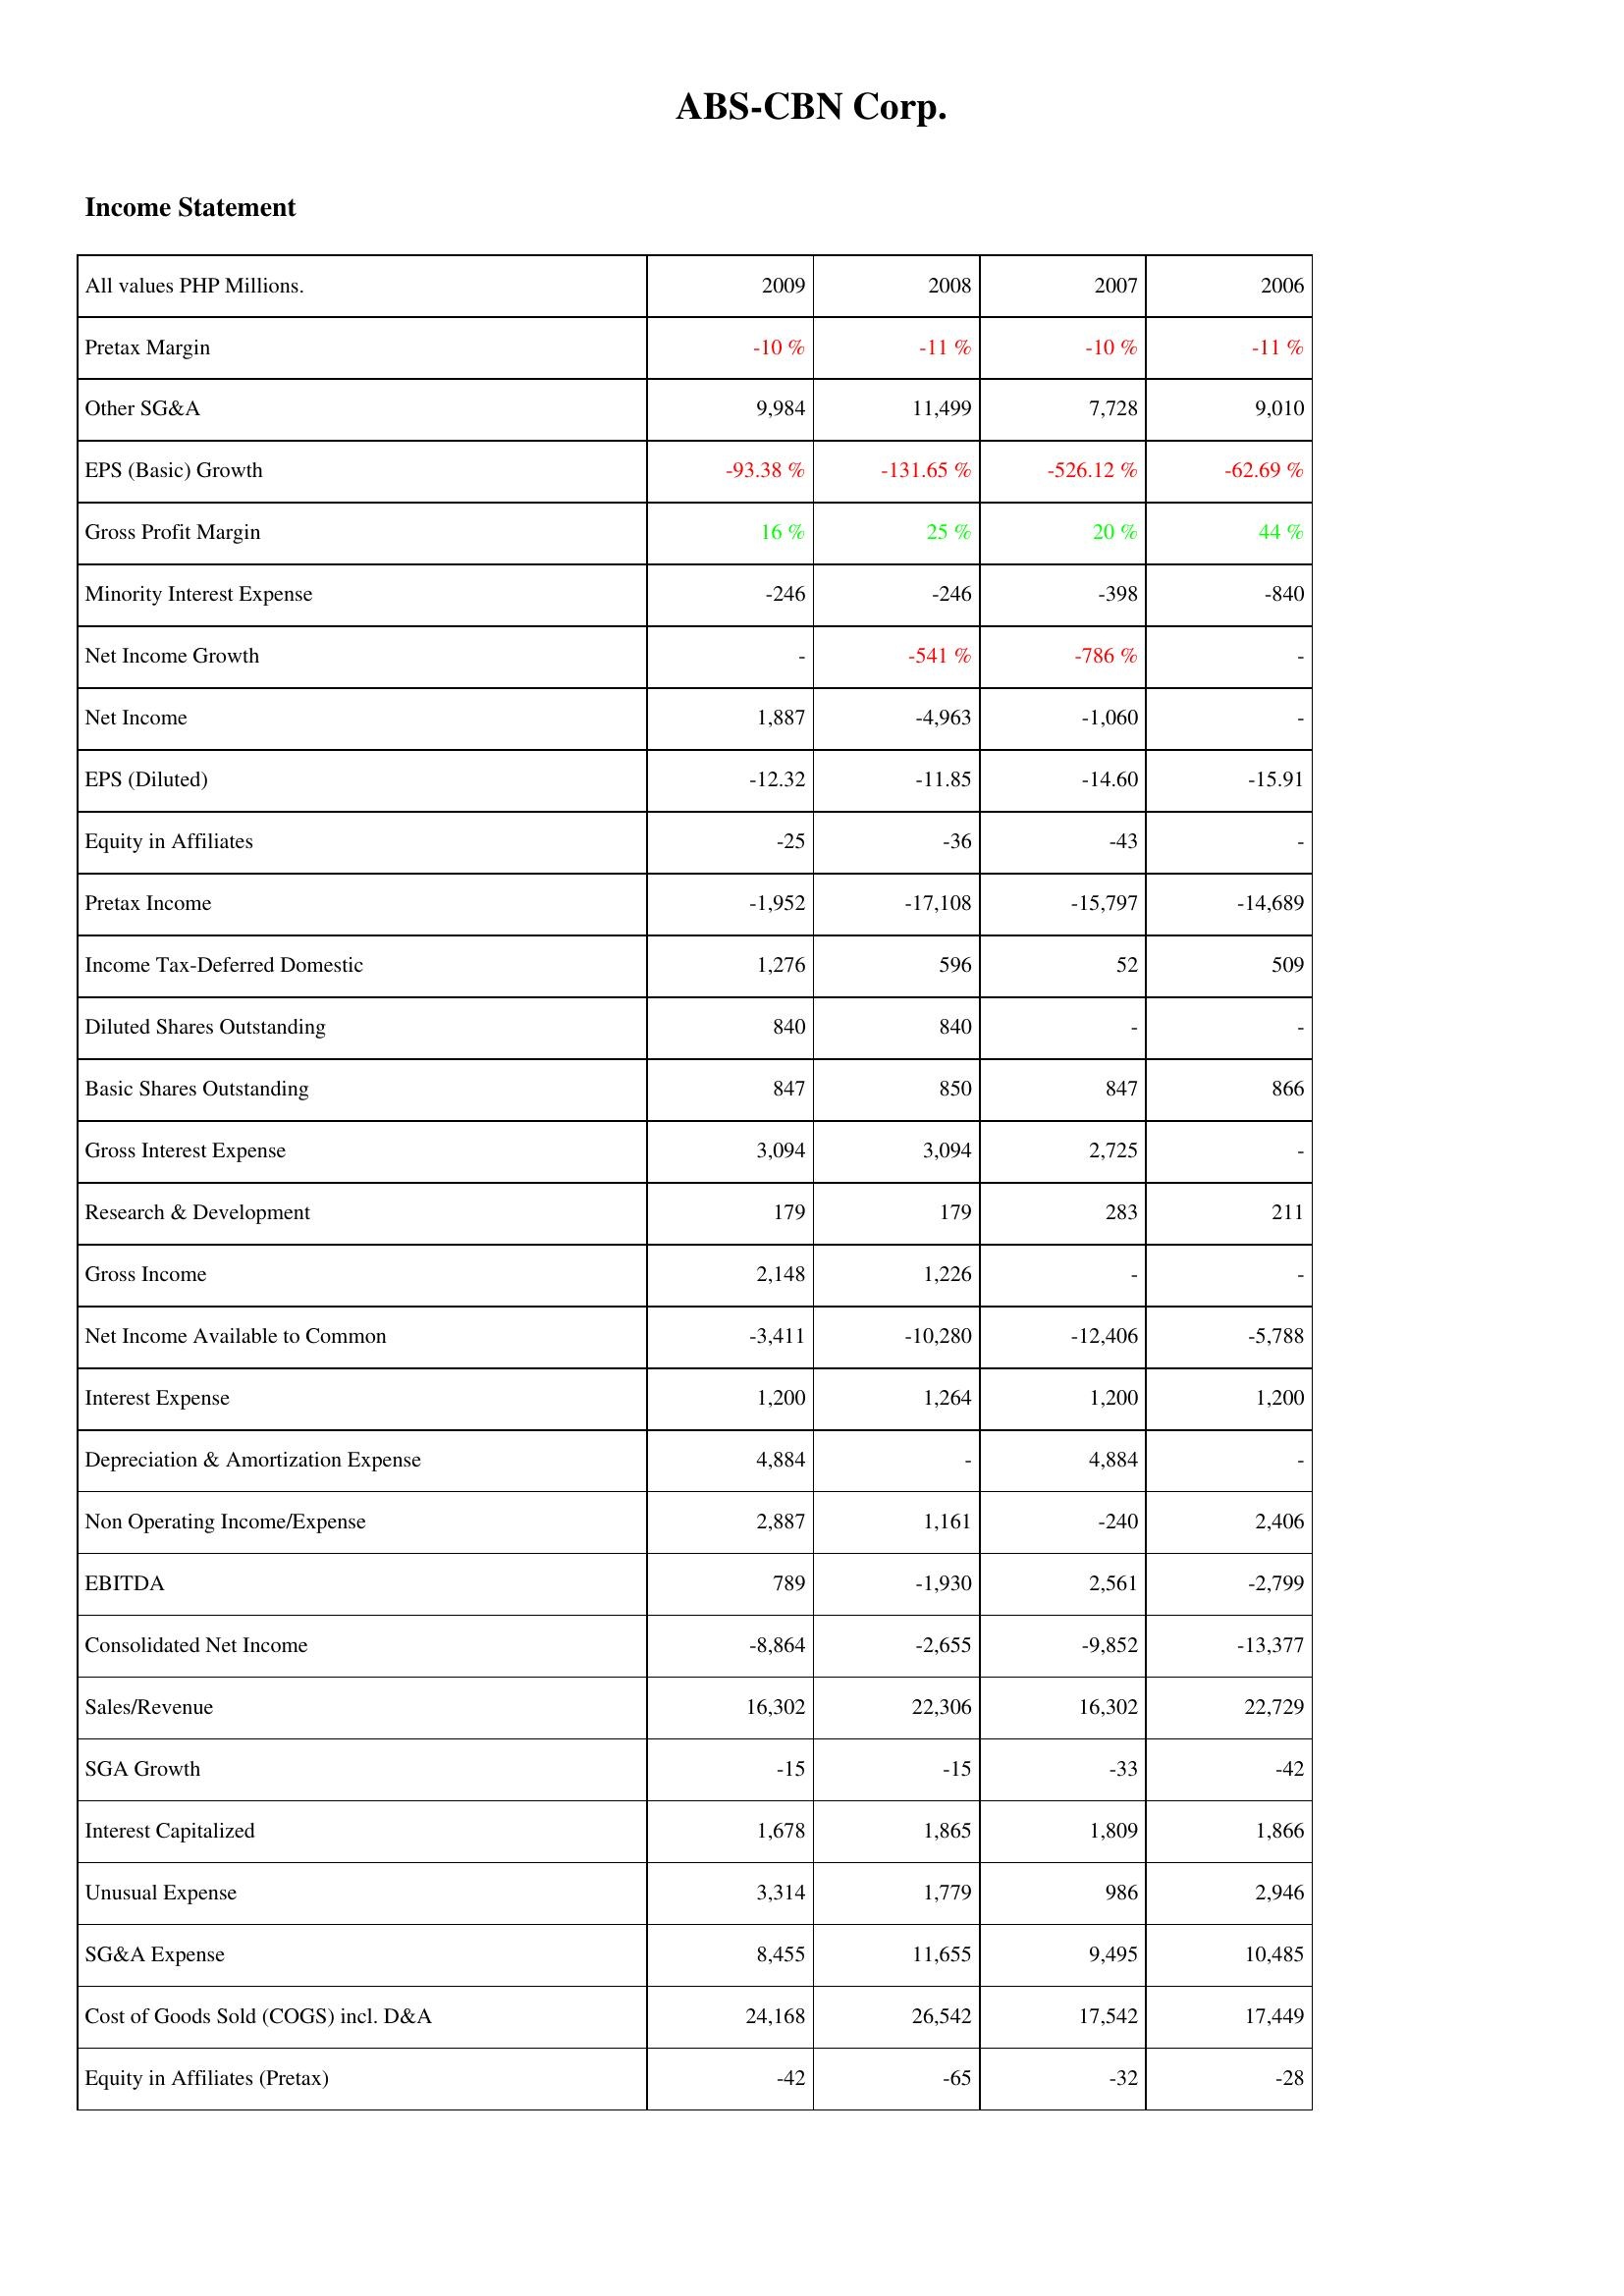
2009: Income Statement: Pretax Margin: -10 %
Other SG&A: 9,984
EPS (Basic) Growth: -93.38 %
Gross Profit Margin: 16 %
Minority Interest Expense: -246
Net Income Growth: -
Net Income: 1,887
EPS (Diluted): -12.32
Equity in Affiliates: -25
Pretax Income: -1,952
Income Tax-Deferred Domestic: 1,276
Diluted Shares Outstanding: 840
Basic Shares Outstanding: 847
Gross Interest Expense: 3,094
Research & Development: 179
Gross Income: 2,148
Net Income Available to Common: -3,411
Interest Expense: 1,200
Depreciation & Amortization Expense: 4,884
Non Operating Income/Expense: 2,887
EBITDA: 789
Consolidated Net Income: -8,864
Sales/Revenue: 16,302
SGA Growth: -15
Interest Capitalized: 1,678
Unusual Expense: 3,314
SG&A Expense: 8,455
Cost of Goods Sold (COGS) incl. D&A: 24,168
Equity in Affiliates (Pretax): -42
2008: Income Statement: Pretax Margin: -11 %
Other SG&A: 11,499
EPS (Basic) Growth: -131.65 %
Gross Profit Margin: 25 %
Minority Interest Expense: -246
Net Income Growth: -541 %
Net Income: -4,963
EPS (Diluted): -11.85
Equity in Affiliates: -36
Pretax Income: -17,108
Income Tax-Deferred Domestic: 596
Diluted Shares Outstanding: 840
Basic Shares Outstanding: 850
Gross Interest Expense: 3,094
Research & Development: 179
Gross Income: 1,226
Net Income Available to Common: -10,280
Interest Expense: 1,264
Depreciation & Amortization Expense: -
Non Operating Income/Expense: 1,161
EBITDA: -1,930
Consolidated Net Income: -2,655
Sales/Revenue: 22,306
SGA Growth: -15
Interest Capitalized: 1,865
Unusual Expense: 1,779
SG&A Expense: 11,655
Cost of Goods Sold (COGS) incl. D&A: 26,542
Equity in Affiliates (Pretax): -65
2007: Income Statement: Pretax Margin: -10 %
Other SG&A: 7,728
EPS (Basic) Growth: -526.12 %
Gross Profit Margin: 20 %
Minority Interest Expense: -398
Net Income Growth: -786 %
Net Income: -1,060
EPS (Diluted): -14.60
Equity in Affiliates: -43
Pretax Income: -15,797
Income Tax-Deferred Domestic: 52
Diluted Shares Outstanding: -
Basic Shares Outstanding: 847
Gross Interest Expense: 2,725
Research & Development: 283
Gross Income: -
Net Income Available to Common: -12,406
Interest Expense: 1,200
Depreciation & Amortization Expense: 4,884
Non Operating Income/Expense: -240
EBITDA: 2,561
Consolidated Net Income: -9,852
Sales/Revenue: 16,302
SGA Growth: -33
Interest Capitalized: 1,809
Unusual Expense: 986
SG&A Expense: 9,495
Cost of Goods Sold (COGS) incl. D&A: 17,542
Equity in Affiliates (Pretax): -32
2006: Income Statement: Pretax Margin: -11 %
Other SG&A: 9,010
EPS (Basic) Growth: -62.69 %
Gross Profit Margin: 44 %
Minority Interest Expense: -840
Net Income Growth: -
Net Income: -
EPS (Diluted): -15.91
Equity in Affiliates: -
Pretax Income: -14,689
Income Tax-Deferred Domestic: 509
Diluted Shares Outstanding: -
Basic Shares Outstanding: 866
Gross Interest Expense: -
Research & Development: 211
Gross Income: -
Net Income Available to Common: -5,788
Interest Expense: 1,200
Depreciation & Amortization Expense: -
Non Operating Income/Expense: 2,406
EBITDA: -2,799
Consolidated Net Income: -13,377
Sales/Revenue: 22,729
SGA Growth: -42
Interest Capitalized: 1,866
Unusual Expense: 2,946
SG&A Expense: 10,485
Cost of Goods Sold (COGS) incl. D&A: 17,449
Equity in Affiliates (Pretax): -28